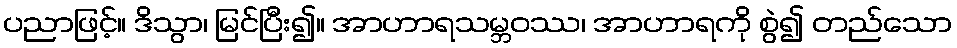
ပညာဖြင့်။ ဒိသွာ၊ မြင်ပြီး၍။ အာဟာရသမ္ဘဝဿ၊ အာဟာရကို စွဲ၍ တည်သော